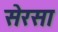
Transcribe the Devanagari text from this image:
सेरसा